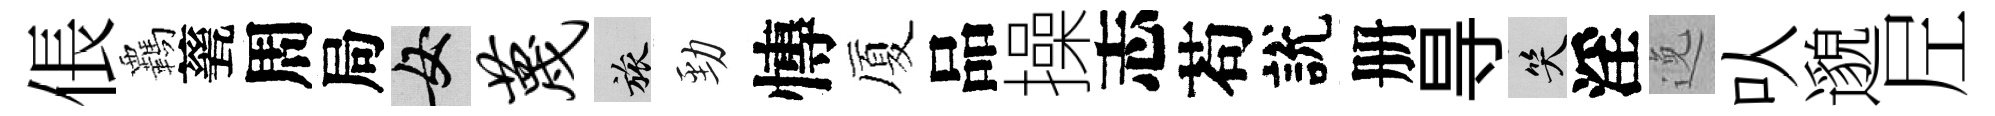
倀覊甆周局女蔑旅勁慱厦品操志苟說册㝵笑淫𨓜㕥邈𡰱